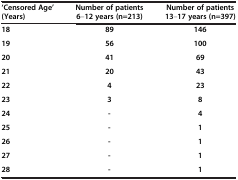
<table><thead><tr><td><b>‘Censored Age’ (Years)</b></td><td><b>Number of patients 6–12 years (n=213)</b></td><td><b>Number of patients 13–17 years (n=397)</b></td></tr></thead><tbody><tr><td><b>18</b></td><td><b>89</b></td><td><b>146</b></td></tr><tr><td><b>19</b></td><td><b>56</b></td><td><b>100</b></td></tr><tr><td><b>20</b></td><td><b>41</b></td><td><b>69</b></td></tr><tr><td><b>21</b></td><td><b>20</b></td><td><b>43</b></td></tr><tr><td><b>22</b></td><td><b>4</b></td><td><b>23</b></td></tr><tr><td><b>23</b></td><td><b>3</b></td><td><b>8</b></td></tr><tr><td><b>24</b></td><td><b>-</b></td><td><b>4</b></td></tr><tr><td><b>25</b></td><td><b>-</b></td><td><b>1</b></td></tr><tr><td><b>26</b></td><td><b>-</b></td><td><b>1</b></td></tr><tr><td><b>27</b></td><td><b>-</b></td><td><b>1</b></td></tr><tr><td><b>28</b></td><td><b>-</b></td><td><b>1</b></td></tr></tbody></table>